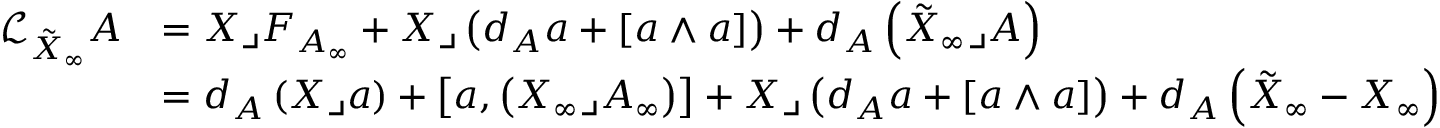
\begin{array} { r l } { \mathcal { L } _ { \tilde { X } _ { \infty } } A } & { = X \lrcorner F _ { A _ { \infty } } + X \lrcorner \left( d _ { A } a + \left[ a \wedge a \right] \right) + d _ { A } \left( \tilde { X } _ { \infty } \lrcorner A \right) } \\ & { = d _ { A } \left( X \lrcorner a \right) + \left[ a , \left( X _ { \infty } \lrcorner A _ { \infty } \right) \right] + X \lrcorner \left( d _ { A } a + \left[ a \wedge a \right] \right) + d _ { A } \left( \tilde { X } _ { \infty } - X _ { \infty } \right) } \end{array}